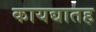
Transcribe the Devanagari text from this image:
कायद्यातह